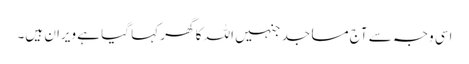
اسی وجہ سے آج مساجد جنہیں اللہ کا گھر کہا گیا ہے ویران ہیں۔